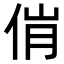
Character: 𬾎